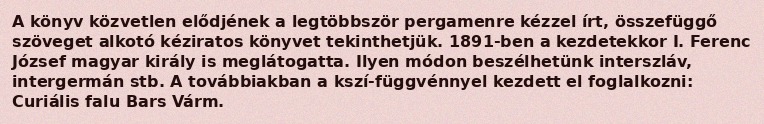
A könyv közvetlen elődjének a legtöbbször pergamenre kézzel írt, összefüggő szöveget alkotó kéziratos könyvet tekinthetjük. 1891-ben a kezdetekkor I. Ferenc József magyar király is meglátogatta. Ilyen módon beszélhetünk interszláv, intergermán stb. A továbbiakban a kszí-függvénnyel kezdett el foglalkozni: Curiális falu Bars Várm.